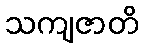
သကျဇာတိ